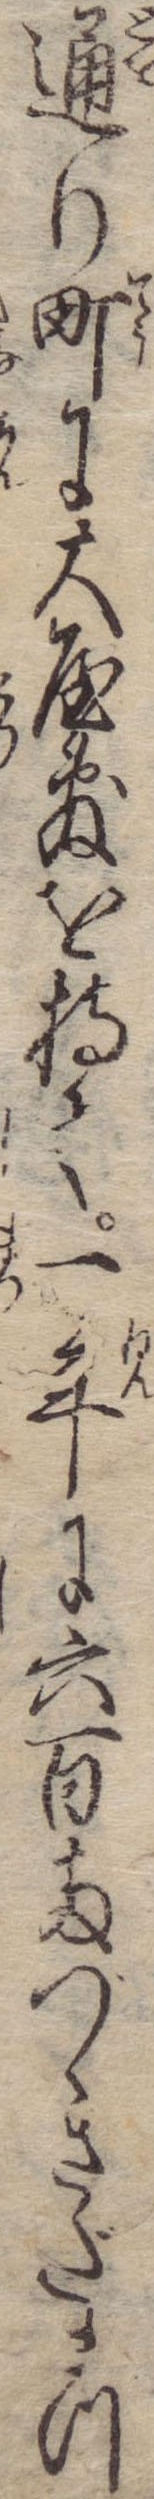
通り町に大屋敷を持て一年に六百両づゝさだまつ